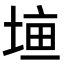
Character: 𡍠